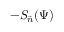
- S _ { \vec { n } } ( \Psi )